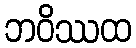
ဘဝိဿထ